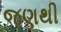
જણથી